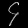
Digit: ၄